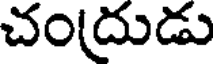
చందుడు